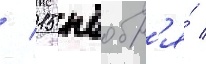
/ 15 ноабр'я́ /